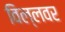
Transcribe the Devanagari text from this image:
विल्लवर